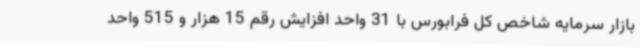
بازار سرمایه شاخص کل فرابورس با 31 واحد افزایش رقم 15 هزار و 515 واحد